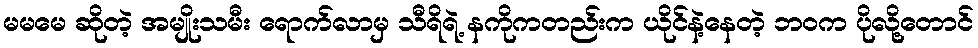
မမမေ ဆိုတဲ့ အမျိုးသမီး ရောက်လာမှ သီရိရဲ့ နကိုကတည်းက ယိုင်နဲ့နေတဲ့ ဘ၀က ပိုလို့တောင်